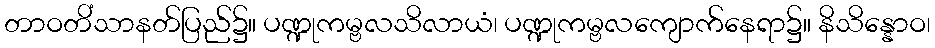
တာဝတိံသာနတ်ပြည်၌။ ပဏ္ဍုကမ္ဗလသိလာယံ၊ ပဏ္ဍုကမ္ဗလကျောက်နေရာ၌။ နိသိန္နောဝ၊